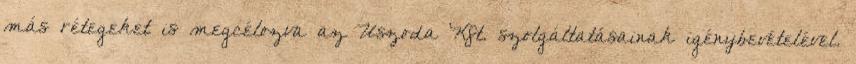
más rétegeket is megcélozva az Uszoda Kft. szolgáltatásainak igénybevételével.